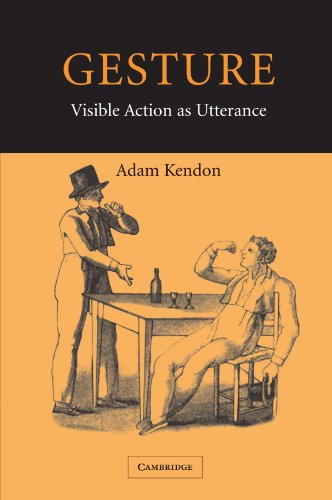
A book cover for Gesture: Visible Action as Utterance; Adam Kendon; Reference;